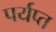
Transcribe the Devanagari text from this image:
पर्यप्त